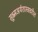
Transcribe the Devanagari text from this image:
सूक्ष्मअर्थशास्त्रावरील